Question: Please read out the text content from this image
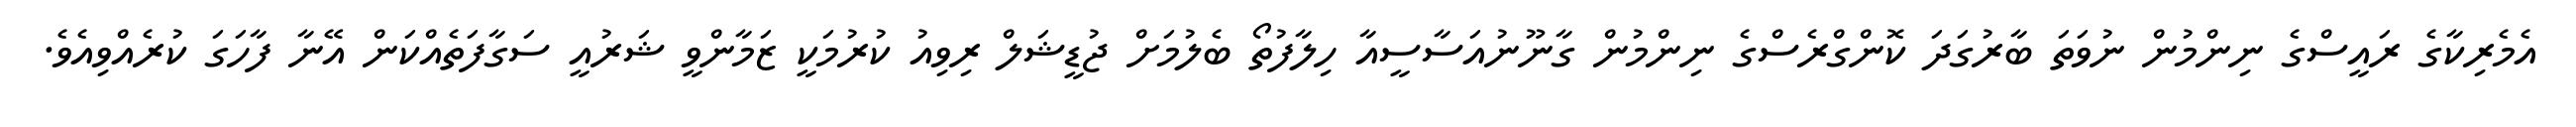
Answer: އެމެރިކާގެ ރައީސްގެ ނިންމުން ނުވަތަ ބާރުގަދަ ކޮންގްރެސްގެ ނިންމުން ގާނޫނުއަސާސީއާ ހިލާފުތޯ ބެލުމަށް ޖުޑީޝަލް ރިވިއު ކުރުމަކީ ޒަމާންވީ ޝަރުއީ ސަގާފަތެއްކަން އޭނާ ފާހަގަ ކުރެއްވިއެވެ.